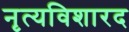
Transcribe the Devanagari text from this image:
नृत्यविशारद